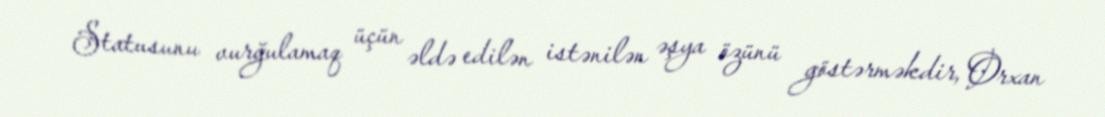
Statusunu vurğulamaq üçün əldə edilən istənilən əşya özünü göstərməkdir, Orxan